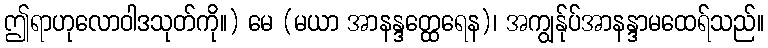
ဤရာဟုလောဝါဒသုတ်ကို။) မေ (မယာ အာနန္ဒတ္ထေရေန)၊ အကျွန်ုပ်အာနန္ဒာမထေရ်သည်။